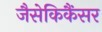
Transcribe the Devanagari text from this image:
जैसेकिकैंसर